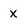
Character: X